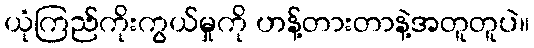
ယုံကြည်ကိုးကွယ်မှုကို ဟန့်တားတာနဲ့အတူတူပဲ။